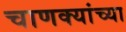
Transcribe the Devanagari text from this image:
चाणक्यांच्या